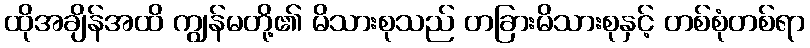
ထိုအချိန်အထိ ကျွန်မတို့၏ မိသားစုသည် တခြားမိသားစုနှင့် တစ်စုံတစ်ရာ